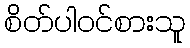
စိတ်ပါဝင်စားသူ